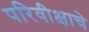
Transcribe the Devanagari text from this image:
परिवीक्षाचे